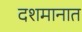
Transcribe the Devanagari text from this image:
दशमानात